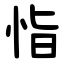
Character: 恉